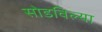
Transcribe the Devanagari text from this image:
सोडविल्या